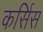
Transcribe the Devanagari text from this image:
कर्सिस